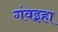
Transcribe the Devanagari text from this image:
गंवइहा